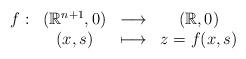
LaTeX: \begin{align*}\begin{array}{cccc}f: & \left( \Bbb{R}^{n+1},0\right) & \longrightarrow & \left( \Bbb{R},0\right) \\ & (x,s) & \longmapsto & z=f(x,s)\end{array}\end{align*}